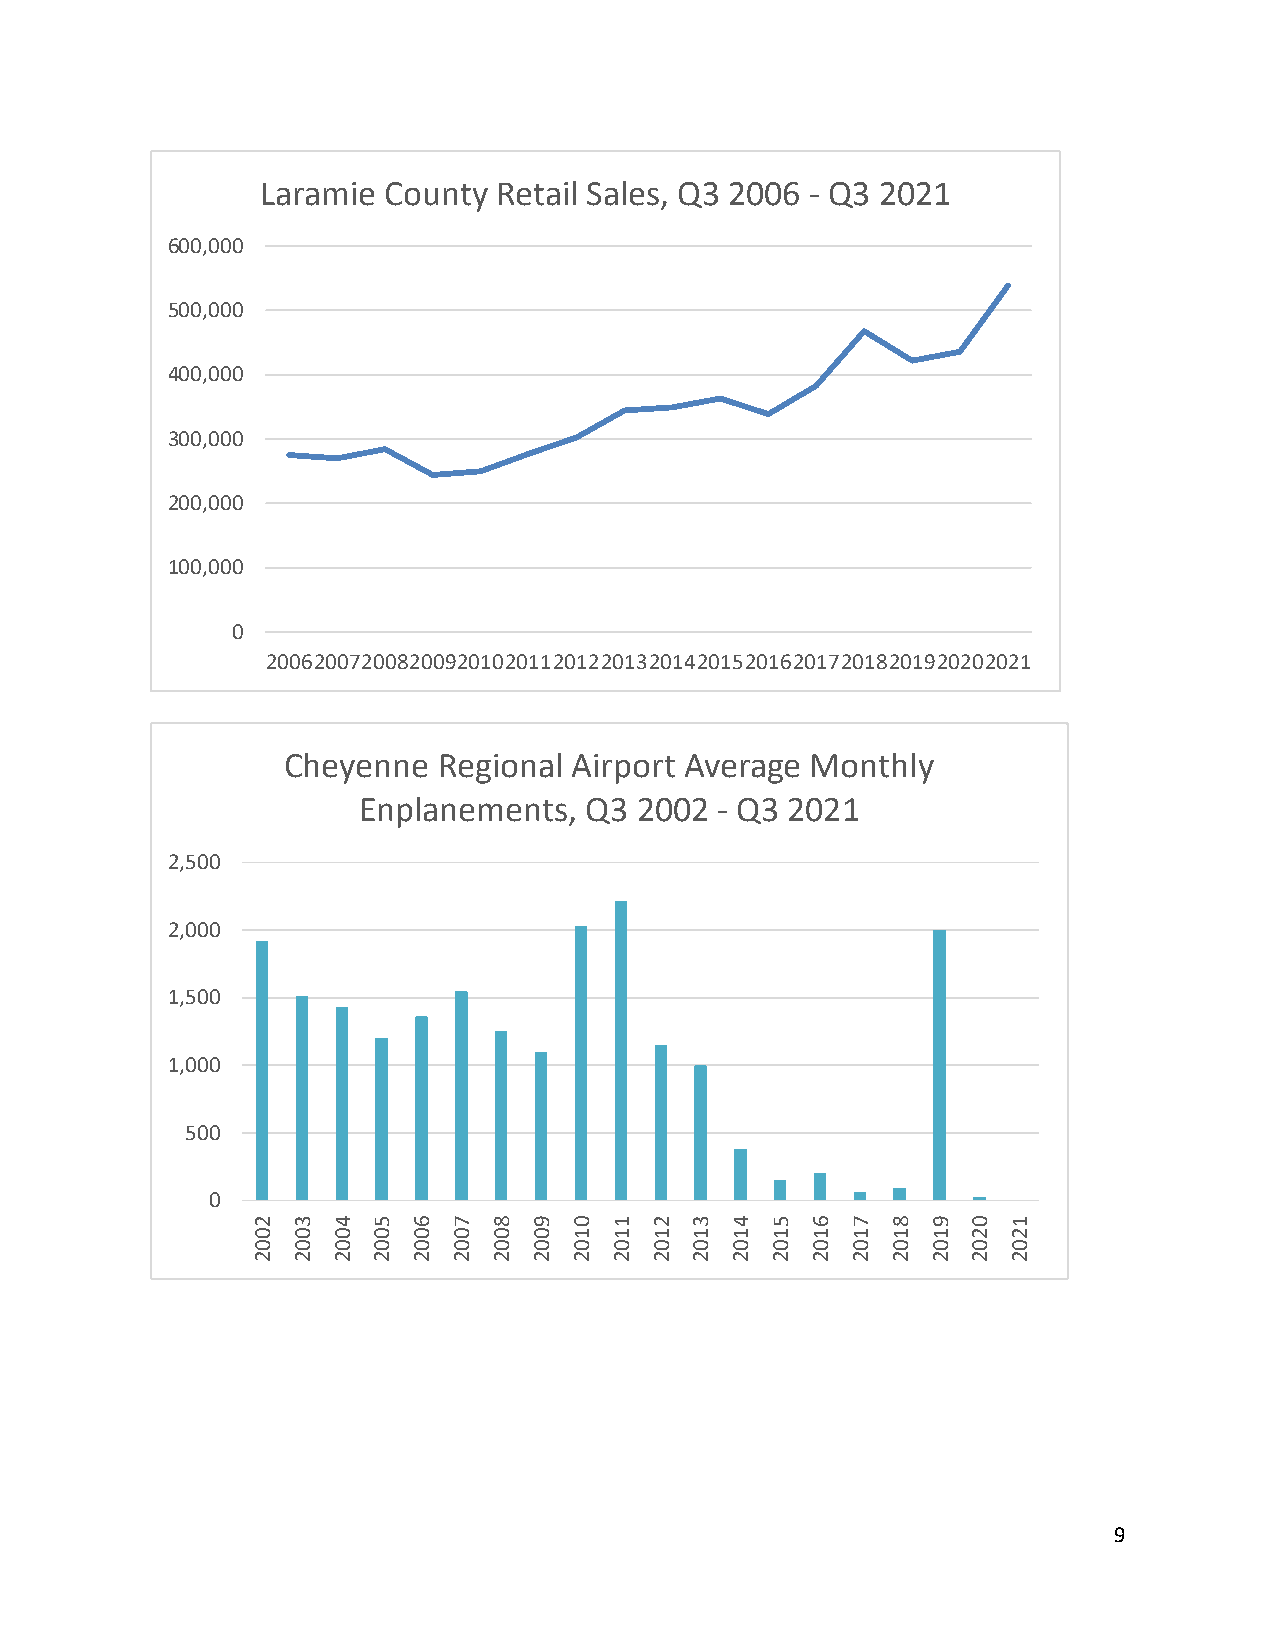
Laramie County  Retail Sales, Q3 2006 - Q3 2021
 600,000
 500,000
 400,000
 300,000
 200,000
 100,000
 0
 2006200720082009201020112012201320142015201620172018201920202021
 Cheyenne  Regional Airport Average Monthly
 Enplanements,  Q3 2002 - Q3 2021
 2,500
 2,000
 1,500
 1,000
 500
 0
 2 3  4  5 6  7  8 9  0 1  2  3 4  5  6 7  8  9 0  1
 0 0  0  0 0  0  0 0  1 1  1  1 1  1  1 1  1  1 2  2
 0 0  0  0 0  0  0 0  0 0  0  0 0  0  0 0  0  0 0  0
 2 2  2  2 2  2  2 2  2 2  2  2 2  2  2 2  2  2 2  2
 9